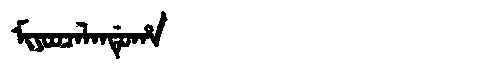
Manchu: ᠮᡳᠶᠣᠣᠴᠠᠯᠠᠨᡩᡠᡥᠠ
Romanization: MIYOOCALANDUHA